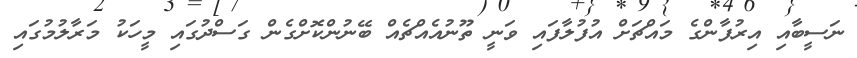
ނަސީބާއި އިރުފާންގެ މައްޗަށް އުފުލާފައި ވަނީ ތޫނުއެއްޗެއް ބޭނުންކޮށްގެން ގަސްދުގައި މީހަކު މަރާލުމުގައި